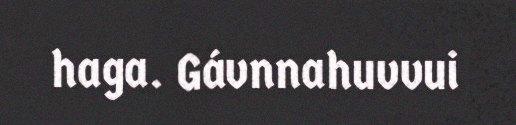
haga. Gávnnahuvvui